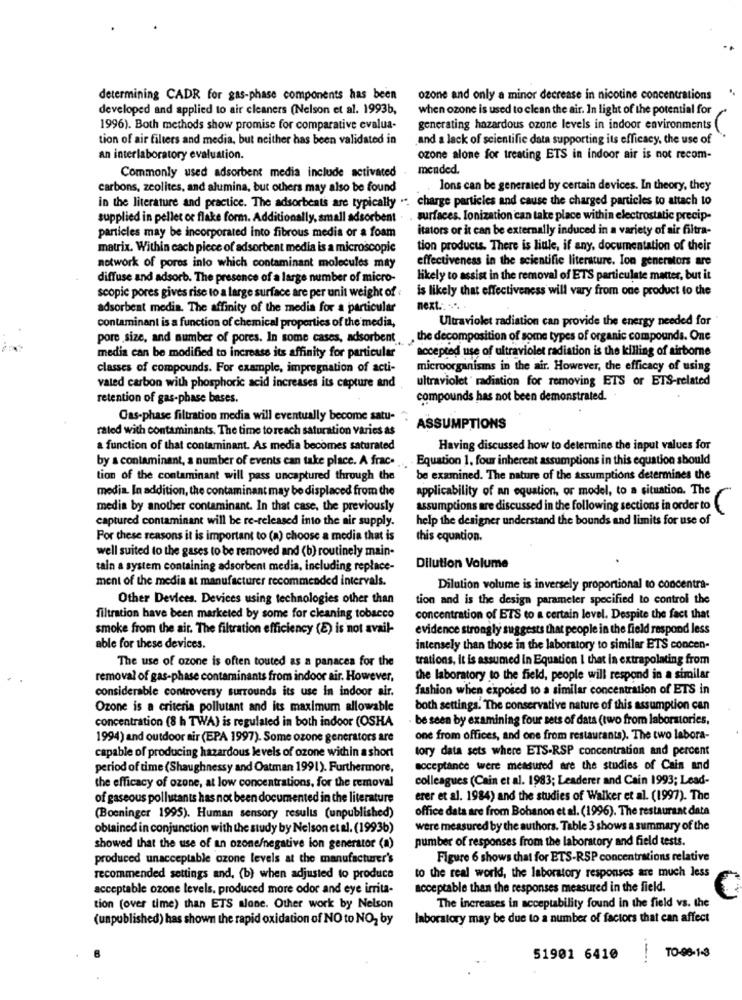
determining CADR for gas-phase components has been
ozone and only a minor decrease in nicotine concentrations
developed and applied to air cleaners (Nelson et al. 1993b,
when ozone is used to clean the air. In light of the potential for
1996). Both methods show promise for comparative evalua-
generating hazardous ozone levels in indoor environments (
tion of air filters and media, but neither has been validated in
and a lack of scientific data supporting its efficacy, the use of
an interlaboratory evaluation.
ozone alone for treating ETS in indoor air is not recom-
Commonly used adsorbent media include activated
mended.
carbons, zeolites, and alumina, but others may also be found
lons can be generated by certain devices. In theory, they
in the literature and practice. The adsorbeats are typically ... charge particles and cause the charged particles to attach to
supplied in pellet or flake form. Additionally, small adsorbent . . surfaces. Ionization can take place within electrostatic precip-
particles may be incorporated into fibrous media or a foam
itators or it can be externally induced in a variety of air filtra-
matrix. Within cach piece of adsorbent media is a microscopie
tion products. There is little, if any, documentation of their
effectiveness in the scientific literature. Ion generators are
notwork of pores into which contaminant molecules may
diffuse and adsorb. The presence of a large number of micro-
likely to assist in the removal of ETS particulate matter, but it
scopic pores gives rise to a large surface are per unit weight of
is likely that effectiveness will vary from one product to the
adsorbent media. The affinity of the media for a particular
next .. ....
contaminant is a function of chemical properties of the media,
Ultraviolet radiation can provide the energy needed for
pore size, and number of pores. In some cases, adsorbent ,the decomposition of some types of organic compounds. One
accepted use of ultraviolet radiation is the killing of airborne
media can be modified to increase its affinity for particular
classes of compounds. For example, impregnation of acti-
microorganisms in the air. However, the efficacy of using
ultraviolet ' radiation for removing ETS or ETS-related
valed carbon with phosphoric acid increases its capture and
retention of gas-phase bases.
compounds has not been demonstrated.
Cas-phase filtration media will eventually become satu-"
rated with contaminants. The time toreach saturation varies as
ASSUMPTIONS
a function of that contaminant. As media becomes saturated
Having discussed how to determine the input values for
by s contaminant, a number of events can take place. A frac ...
. Equation 1, four inherent assumptions in this equation should
tion of the contaminant will pass uncaptured through the
be examined. The nature of the assumptions determines the
media. In addition, the contaminant may be displaced from the
applicability of an equation, or model, to a situation. The
media by another contaminant. In that case, the previously
assumptions are discussed in the following sections in order to
captured contaminant will be re-released into the air supply.
help the designer understand the bounds and limits for use of
Por these reasons it is important to (a) choose a media that is
this equation.
well suited to the gases to be removed and (b) routinely main-
tain a system containing adsorbent media, including replace-
Dilution Volume
ment of the media at manufacturer recommended intervals.
Dilution volume is inversely proportional to concentra-
Other Devices. Devices using technologies other than
tion and is the design parameter specified to control the
filtration have been marketed by some for cleaning tobacco
concentration of ETS to a certain level. Despite the fact that
smoke from the air. The filtration efficiency (E) is not avail-
evidence strongly suggests that people in the field respond less
able for these devices.
intensely than those in the laboratory to similar ETS concen-
The use of ozone is often touted as a panacea for the
trations, it is assumed in Equation I that in extrapolating from
removal of gas-phase contaminants from indoor air. However,
the laboratory to the field, people will respond in a similar
considerable controversy surrounds its use in indoor air.
fashion when exposed to a similar concentration of ETS in
Ozone is a criteria pollutant and its maximum allowable
both settings. The conservative nature of this assumption can
concentration (8 h TWA) is regulated in both indoor (OSHA
be seen by examining four sets of data (two from laborstories,
1994) and outdoor air (EPA 1997). Some ozone generators are
one from offices, and one from restaurants). The two labora-
capable of producing hazardous levels of ozone within a short
tory data sets where ETS-RSP concentration and percent
period of time (Shaughnessy and Oatman 1991). Furthermore,
acceptance were measured are the studies of Cain and
colleagues (Cain et al. 1983; Leaderer and Cain 1993; Lead-
the efficacy of ozone, at low concentrations, for the removal
of gaseous pollutants has not been documented in the literature
erer et al. 1984) and the studies of Walker et al. (1997). The
office data are from Bohanon et al. (1996). The restaurant data
(Boeninger 1995). Human sensory results (unpublished)
obtained in conjunction with the study by Nelson et al. (19936)
were measured by the authors. Table 3 shows a summary of the
pumber of responses from the laboratory and field tests.
showed that the use of an ozone/negative ion generator (a)
produced unacceptable czone levels at the manufacturer's
Figure 6 shows that for ETS-RSP concentrations relative
to the real world, the laboratory responses are much less
recommended settings and, (b) when adjusted to produce
acceptable ozone levels. produced more odor and eye irrita-
acceptable than the responses measured in the field.
tion (over time) than ETS alone. Other work by Nelson
The increases in acceptability found in the field vs. the
(unpublished) has shown the rapid oxidation of NO to NO, by
laboratory may be due to a number of factors that can affect
TO-98-1-3
51901 6410
....